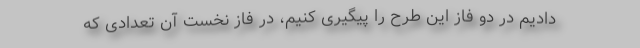
دادیم در دو فاز این طرح را پیگیری کنیم، در فاز نخست آن تعدادی که